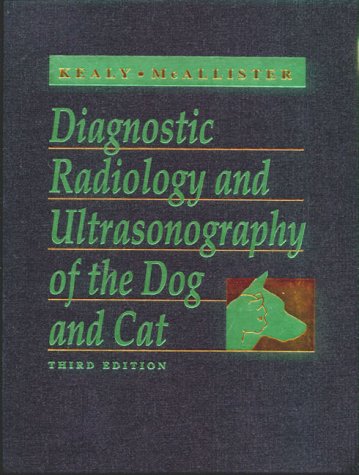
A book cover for Diagnostic Radiology and Ultrasonography of the Dog and Cat; J. Kevin Kealy MVB  MVM  MRCVS  DVR; Medical Books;